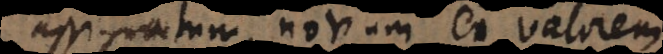
assignatum, novum ei valorem